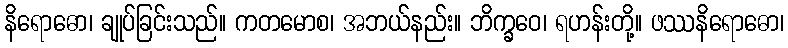
နိရောဓော၊ ချုပ်ခြင်းသည်။ ကတမောစ၊ အဘယ်နည်း။ ဘိက္ခဝေ၊ ရဟန်းတို့။ ဖဿနိရောဓော၊